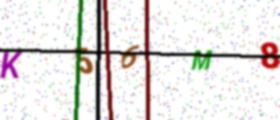
Text: K56M8